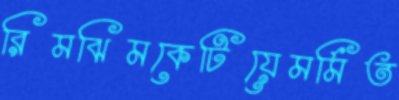
রিমঝিমকেটিয়েমর্মিত